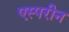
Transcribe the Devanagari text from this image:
एस्परीन